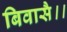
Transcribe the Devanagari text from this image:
बिवासै।।